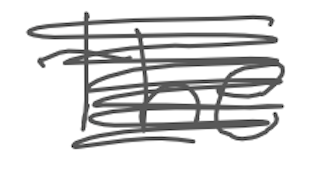
Text: the
Cross-out: scratch
Writing tool: digital_gray